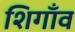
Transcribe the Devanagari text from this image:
शिगाँव